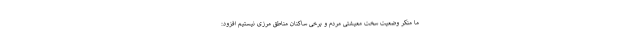
ما منکر وضعیت سخت معیشتی مردم و برخی ساکنان مناطق مرزی نیستیم افزود: